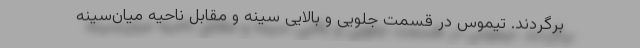
برگردند. تیموس در قسمت جلویی و بالایی سینه و مقابل ناحیهٔ میان‌سینه